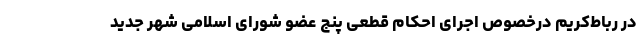
در رباط‌کریم درخصوص اجرای احکام قطعی پنج عضو شورای اسلامی شهر جدید